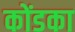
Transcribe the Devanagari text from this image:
कोंडका